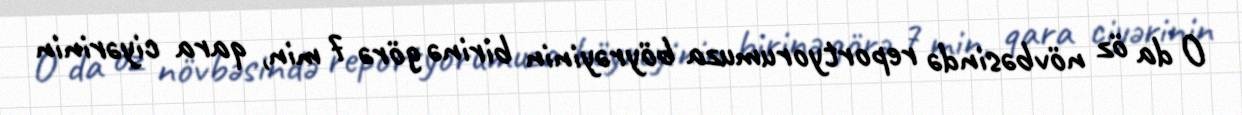
O da öz növbəsində reportyorumuza böyrəyinin birinə görə 7 min, qara ciyərinin